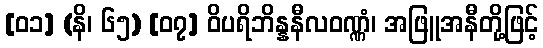
[၀၁] (နိ၊ ၆၅) [၀၇] ဝိပရိဘိန္နနီလဝဏ္ဏံ၊ အဖြူအနီတို့ဖြင့်